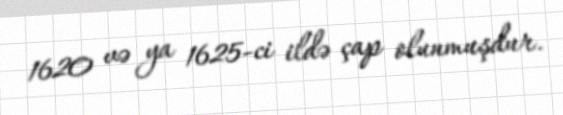
1620 və ya 1625-ci ildə çap olunmuşdur.